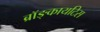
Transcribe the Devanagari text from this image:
ब्रॉङ्कायटिस